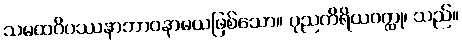
သမထဝိပဿနာဘာဝနာမယဖြစ်သော။ ပုညကိရိယဝတ္ထု၊ သည်။